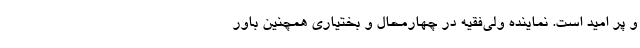
و پر امید است. نماینده ولی‌فقیه در چهارمحال و بختیاری همچنین باور